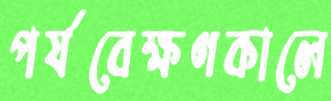
পর্যবেক্ষণকালে